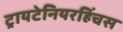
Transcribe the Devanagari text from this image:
ट्रायटेनियरहिंचस